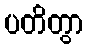
ပတိတွာ